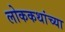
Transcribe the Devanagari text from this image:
लोककथांच्या